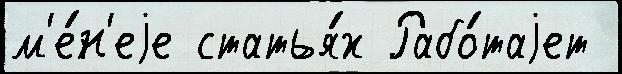
м'е́н'еjе статья́х Рабо́таjет